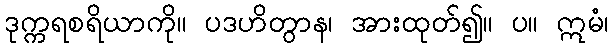
ဒုက္ကရစရိယာကို။ ပဒဟိတွာန၊ အားထုတ်၍။ ပ။ ဣမံ၊